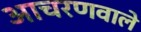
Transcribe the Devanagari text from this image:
आचरणवाले